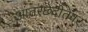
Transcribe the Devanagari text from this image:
आंतरछेदीतेवर